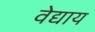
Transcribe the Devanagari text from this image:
वेद्याय